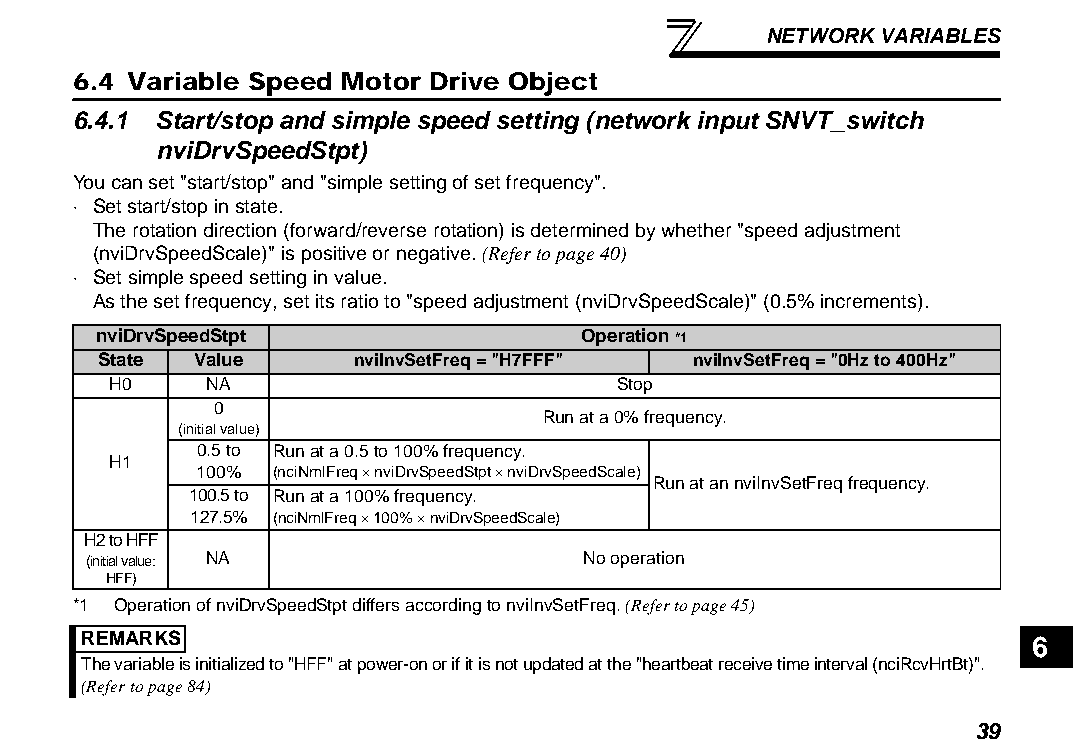
NETWORK VARIABLES
 6.4 Variable Speed Motor Drive Object
 6.4.1 Start/stop and simple speed setting (network input SNVT_switch
 nviDrvSpeedStpt)
 You can set "start/stop" and "simple setting of set frequency".
 ⋅ Set start/stop in state.
 The rotation direction (forward/reverse rotation) is determined by whether "speed adjustment
 (nviDrvSpeedScale)" is positive or negative. (Refer to page 40)
 ⋅ Set simple speed setting in value.
 As the set frequency, set its ratio to "speed adjustment (nviDrvSpeedScale)" (0.5% increments).
 nviDrvSpeedStpt                 Operation *1
 State Value      nviInvSetFreq = "H7FFF" nviInvSetFreq = "0Hz to 400Hz"
 H0    NA                         Stop
 0
 Run at a 0% frequency.
 (initial value)
 0.5 to Run at a 0.5 to 100% frequency.
 H1
 100% (nciNmlFreq × nviDrvSpeedStpt × nviDrvSpeedScale)
 Run at an nviInvSetFreq frequency.
 100.5 to Run at a 100% frequency.
 127.5% (nciNmlFreq × 100% × nviDrvSpeedScale)
 H2 to HFF
 (initial value: NA               No operation
 HFF)
 *1 Operation of nviDrvSpeedStpt differs according to nviInvSetFreq. (Refer to page 45)
 REMARKS                                                        6
 The variable is initialized to "HFF" at power-on or if it is not updated at the "heartbeat receive time interval (nciRcvHrtBt)".
 (Refer to page 84)
 39